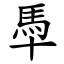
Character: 䭴